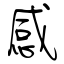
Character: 感